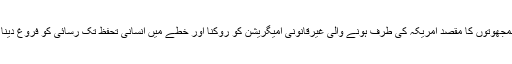
اِن سمجھوتوں کا مقصد امریکہ کی طرف ہونے والی غیرقانونی امیگریشن کو روکنا اور خطے میں انسانی تحفظ تک رسائی کو فروغ دینا ہے۔